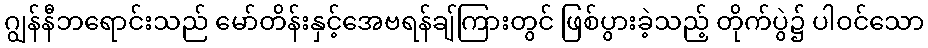
ဂျွန်နီဘရောင်းသည် မော်တိန်းနှင့်အေဗရန်ချ်ကြားတွင် ဖြစ်ပွားခဲ့သည့် တိုက်ပွဲ၌ ပါဝင်သော